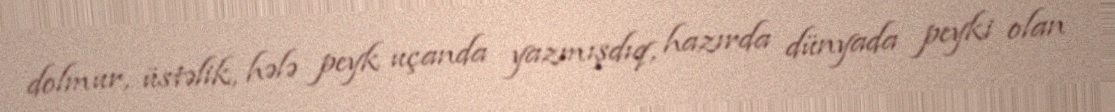
dolmur, üstəlik, hələ peyk uçanda yazmışdıq, hazırda dünyada peyki olan